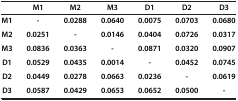
<table><thead><tr><td><b> </b></td><td><b>M1</b></td><td><b>M2</b></td><td><b>M3</b></td><td><b>D1</b></td><td><b>D2</b></td><td><b>D3</b></td></tr></thead><tbody><tr><td><b>M1</b></td><td><b>-</b></td><td><b>0.0288</b></td><td><b>0.0640</b></td><td><b>0.0075</b></td><td><b>0.0703</b></td><td><b>0.0680</b></td></tr><tr><td><b>M2</b></td><td><b>0.0251</b></td><td><b>-</b></td><td><b>0.0146</b></td><td><b>0.0404</b></td><td><b>0.0726</b></td><td><b>0.0317</b></td></tr><tr><td><b>M3</b></td><td><b>0.0836</b></td><td><b>0.0363</b></td><td><b>-</b></td><td><b>0.0871</b></td><td><b>0.0320</b></td><td><b>0.0907</b></td></tr><tr><td><b>D1</b></td><td><b>0.0529</b></td><td><b>0.0435</b></td><td><b>0.0014</b></td><td><b>-</b></td><td><b>0.0452</b></td><td><b>0.0745</b></td></tr><tr><td><b>D2</b></td><td><b>0.0449</b></td><td><b>0.0278</b></td><td><b>0.0663</b></td><td><b>0.0236</b></td><td><b>-</b></td><td><b>0.0619</b></td></tr><tr><td><b>D3</b></td><td><b>0.0587</b></td><td><b>0.0429</b></td><td><b>0.0653</b></td><td><b>0.0652</b></td><td><b>0.0500</b></td><td><b>-</b></td></tr></tbody></table>